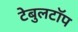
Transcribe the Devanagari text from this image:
टेबुलटॉप